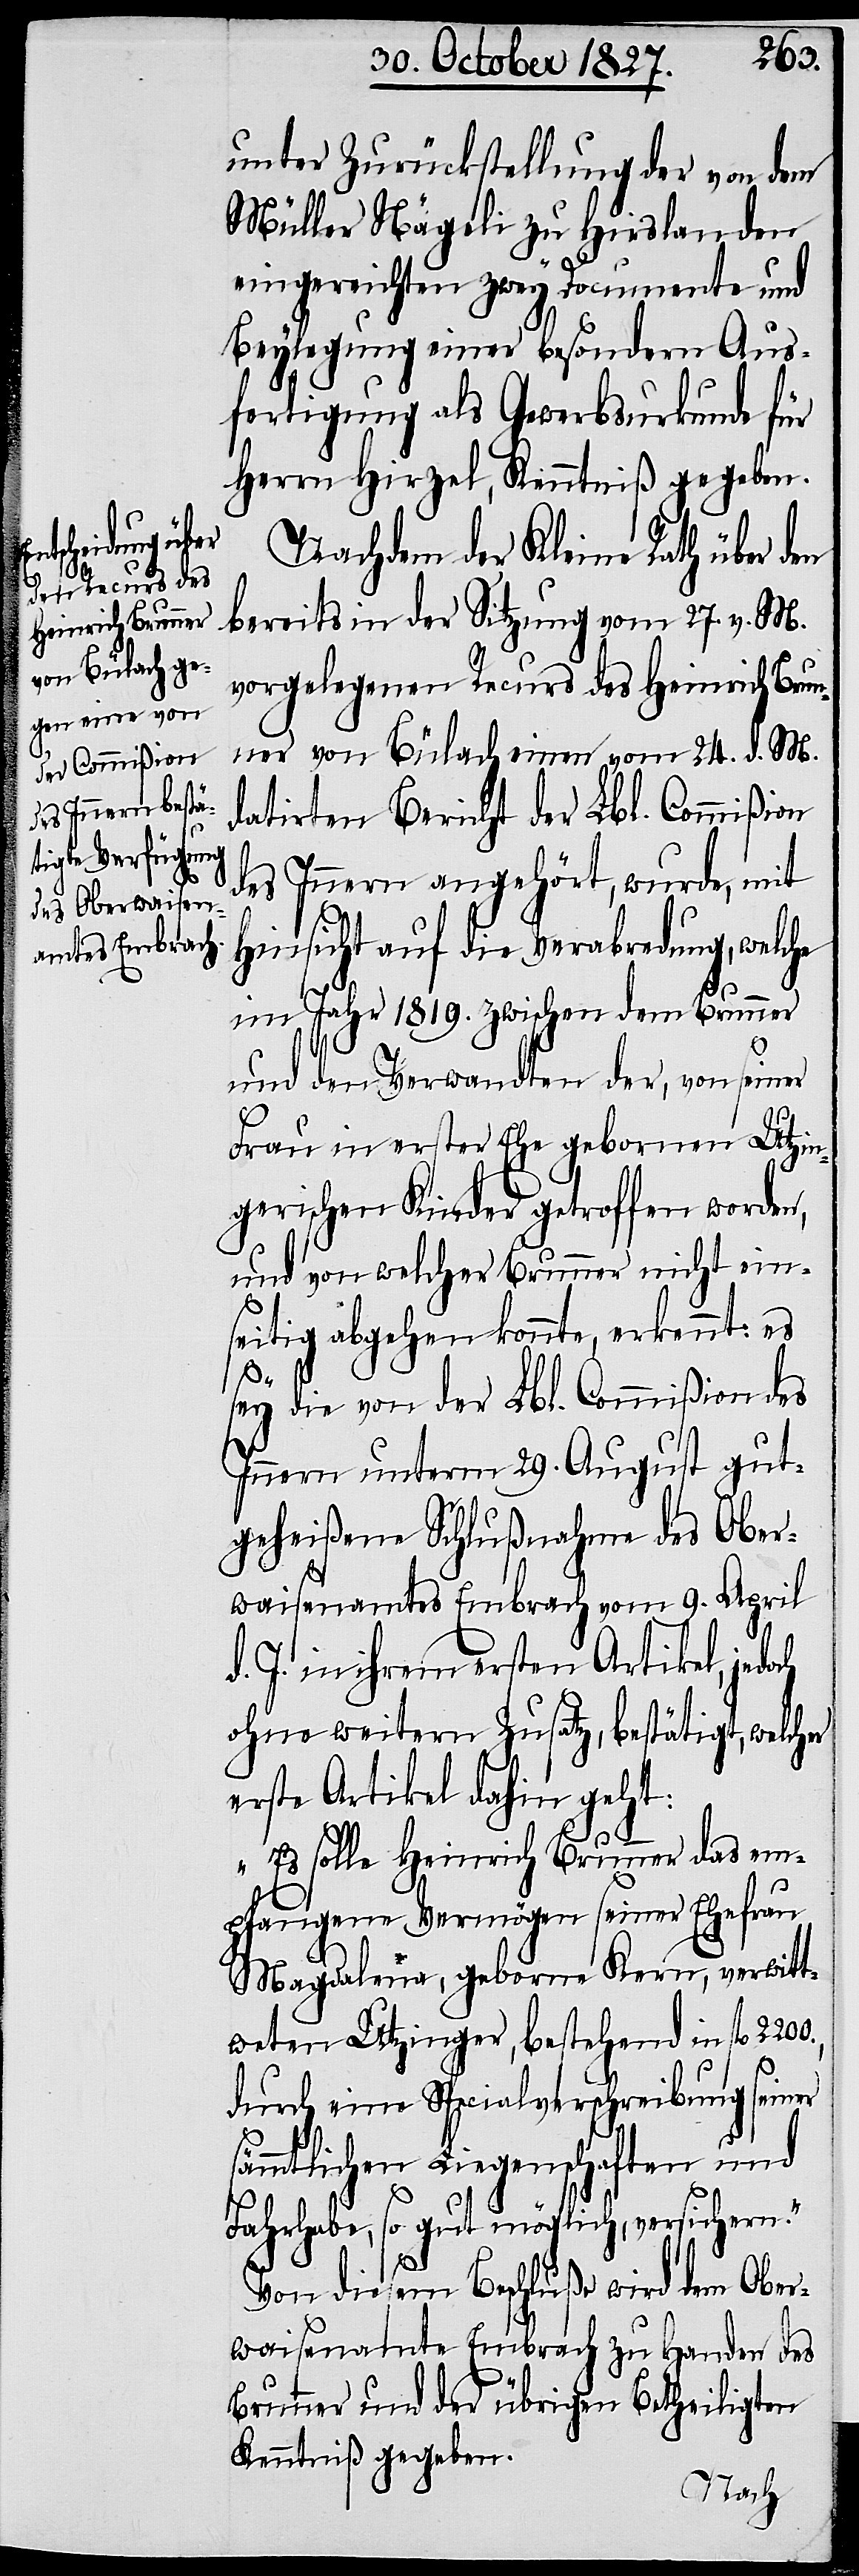
unter Zurückstellung der von dem
Müller Nägeli zu Hirslanden
eingereichten zwey Documente und
Beylegung einer besondern Aus¬
fertigung als Gewerbsurkunde für
Herrn Hirzel, Kenntniß gegeben.
Nachdem der Kleine Rath über den
bereits in der Sitzung vom 27. v. M.
vorgelegenen Recurs des Heinrich Brun¬
ner von Bülach einen vom 24. d. M.
datirten Bericht der Lbl. Commißion
des Innern angehört, wurde, mit
Hinsicht auf die Verabredung, welche
im Jahr 1819. zwischen dem Brunner
und den Verwandten der, von seiner
Frau in erster Ehe gebornen Utzin¬
gerischen Kinder getroffen worden,
und von welcher Brunner nicht ein¬
seitig abgehen konnte, erkennt: es
sey die von der Lbl. Commißion des
Innern unterm 29. August gut¬
geheißene Schlußnahme des Ober¬
waisenamtes Embrach vom 9. April
d. J. in ihrem ersten Artikel, jedoch
ohne weitern Zusatz, bestätigt, welcher
erste Artikel dahin geht:
sä¬
„Es solle Heinrich Brunner das em¬
pfangene Vermögen seiner Ehefrau
Magdalena, geborne Kern, verwitt¬
weten Utzinger, bestehend in fl.
durch eine Specialverschreibung seiner
mmtlichen Liegenschaften und
Fahrhabe, so gut möglich versichern.“
Von diesem Beschluße wird dem Ober¬
waisenamte Embrach zu Handen des
Brunner und der übrigen Betheiligten
Kenntniß gegeben.